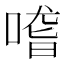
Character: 𠺳